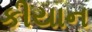
કીયાન